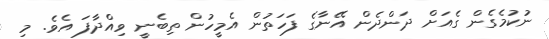
ނުކުމެގެން ގެއަށް ދަންދެން އޭނާގެ ފަހަތުން އެމީހުން ތިބެނީ ވިއްދާފަ އެވެ. މި